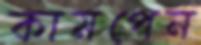
কামপেন